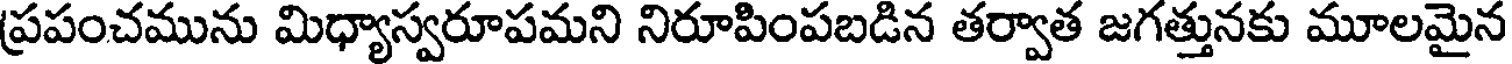
ప్రపంచమును మిధ్యాస్వరూపమని నిరూపింపబడిన తర్వాత జగత్తునకు మూలమైన